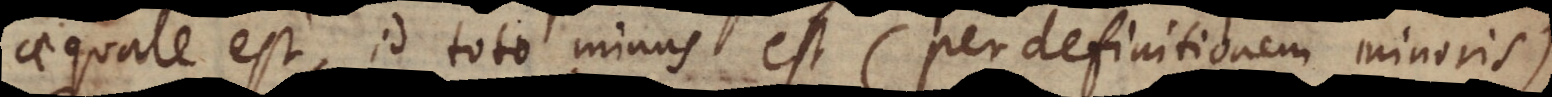
aequale est, id toto minus est (per definitionem minoris).